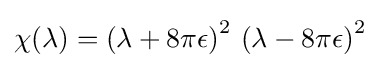
\chi (\lambda )=\left(\lambda +8\pi \epsilon \right)^{2}\,\left(\lambda -8\pi \epsilon \right)^{2}